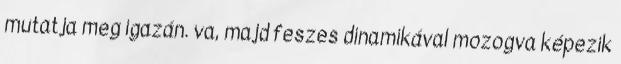
mutatja meg igazán. va, majd feszes dinamikával mozogva képezik